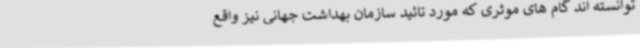
توانسته اند گام های موثری که مورد تائید سازمان بهداشت جهانی نیز واقع